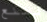
لمنع